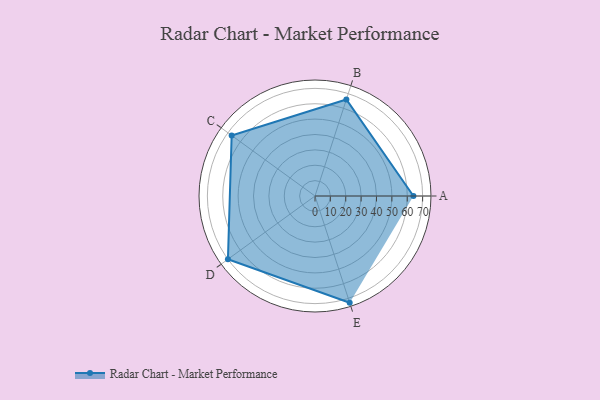
{"axis": {"x": "Skill", "y": "Score"}, "legend": ["Profile"], "data": [{"x": "A", "y": 64.0, "type": "Profile"}, {"x": "B", "y": 66.0, "type": "Profile"}, {"x": "C", "y": 67.0, "type": "Profile"}, {"x": "D", "y": 70.0, "type": "Profile"}, {"x": "E", "y": 73.0, "type": "Profile"}]}